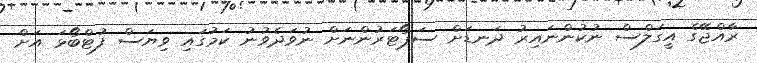
ރާއްޖޭގެ އީގަލްސް ނުކުންނައިރު ދަނޑަށް ސަޕޯޓަރުންނަށް ނުވަދެވުނު ކަމުގައި ވިޔަސް ފުޓްބޯޅަ އަށް